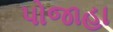
પોજાહા